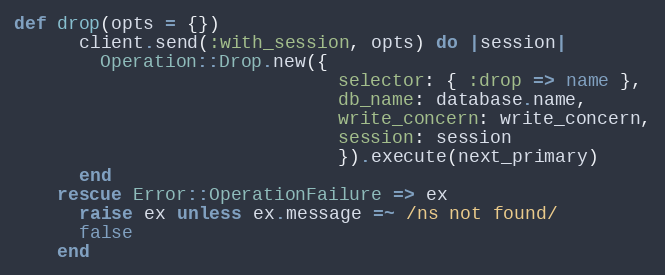
Language: Ruby
def drop(opts = {})
      client.send(:with_session, opts) do |session|
        Operation::Drop.new({
                              selector: { :drop => name },
                              db_name: database.name,
                              write_concern: write_concern,
                              session: session
                              }).execute(next_primary)
      end
    rescue Error::OperationFailure => ex
      raise ex unless ex.message =~ /ns not found/
      false
    end